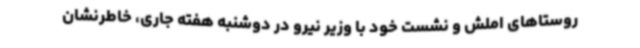
روستاهای املش و نشست خود با وزیر نیرو در دوشنبه هفته جاری، خاطرنشان